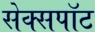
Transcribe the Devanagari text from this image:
सेक्सपॉट